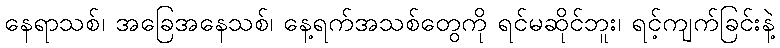
နေရာသစ်၊ အခြေအနေသစ်၊ နေ့ရက်အသစ်တွေကို ရင်မဆိုင်ဘူး၊ ရင့်ကျက်ခြင်းနဲ့